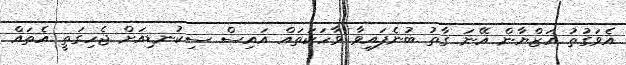
އެވަގުތު އަޒްޔާން އޭނަ ގާތު ބުނެފައިވާ ވާހަކަތައް އައިސް ސިކުނޑިއަށް ޖެހިގަތީ އެތައް